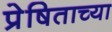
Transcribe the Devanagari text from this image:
प्रेषिताच्या